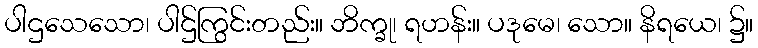
ပါဌသေသော၊ ပါဌ်ကြွင်းတည်း။ ဘိက္ခု၊ ရဟန်း။ ပဒုမေ၊ သော။ နိရယေ၊ ၌။